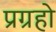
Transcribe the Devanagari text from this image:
प्रग्रहो